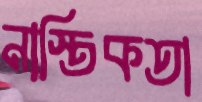
নাস্তিকতা